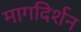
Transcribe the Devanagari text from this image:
मागदिर्शन